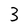
Character: 3